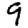
Digit: 9